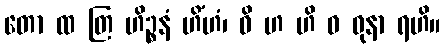
တော ထ တြ ဟိဉ္စနံ ဟိံဟံ၊ ဓိ ဟ ဟိ ဓ ဓုနာ ရဟိ။